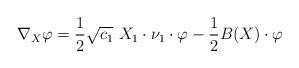
LaTeX: \begin{align*}\nabla_X \varphi = \frac{1}{2} \sqrt{c_1}\ X_1 \cdot \nu_1\cdot \varphi - \frac{1}{2}B(X)\cdot \varphi\end{align*}